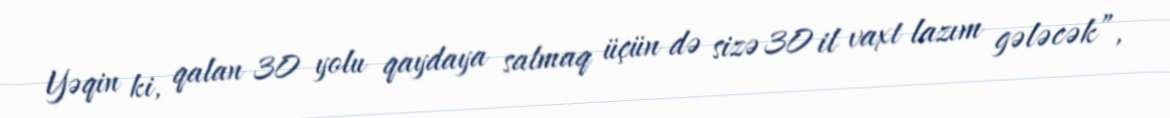
Yəqin ki, qalan 30 yolu qaydaya salmaq üçün də sizə 30 il vaxt lazım gələcək”,